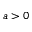
a > 0